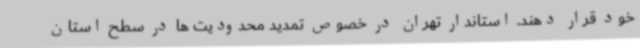
خود قرار دهند. استاندار تهران در خصوص تمدید محدودیت ها در سطح استان